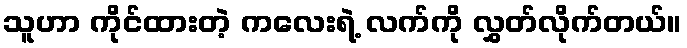
သူဟာ ကိုင်ထားတဲ့ ကလေးရဲ့ လက်ကို လွှတ်လိုက်တယ်။